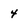
Character: 4